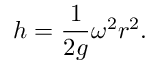
h = { \frac { 1 } { 2 g } } \omega ^ { 2 } r ^ { 2 } .